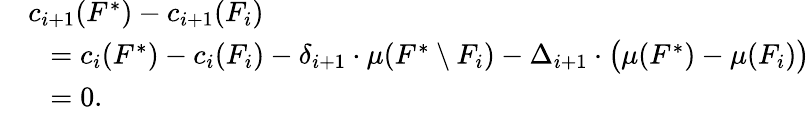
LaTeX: \begin{array}{rl}&{c_{i+1}(F^{*})-c_{i+1}(F_{i})}\\ {}&{~~=c_{i}(F^{*})-c_{i}(F_{i})-\delta_{i+1}\cdot\mu(F^{*}\setminus F_{i})-\Delta_{i+1}\cdot\big(\mu(F^{*})-\mu(F_{i})\big)}\\ {}&{~~=0.}\end{array}